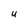
Character: U